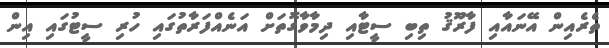
ތެރެއިން އޭނައާއި ފާރޫޤު ތިބި ސީޓާއި ދިމާވާގޮތަށް އަނެއްފަރާތުގައި ހުރި ސީޓުގައި އިން